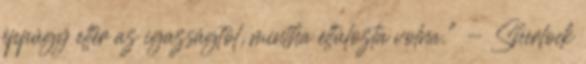
éppúgy eltér az igazságtól, mintha eltúlozta volna." - Sherlock